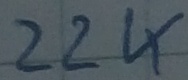
Text: 22K